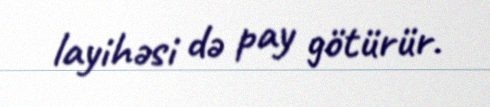
layihəsi də pay götürür.